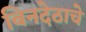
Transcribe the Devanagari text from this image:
बिनदेठाचे